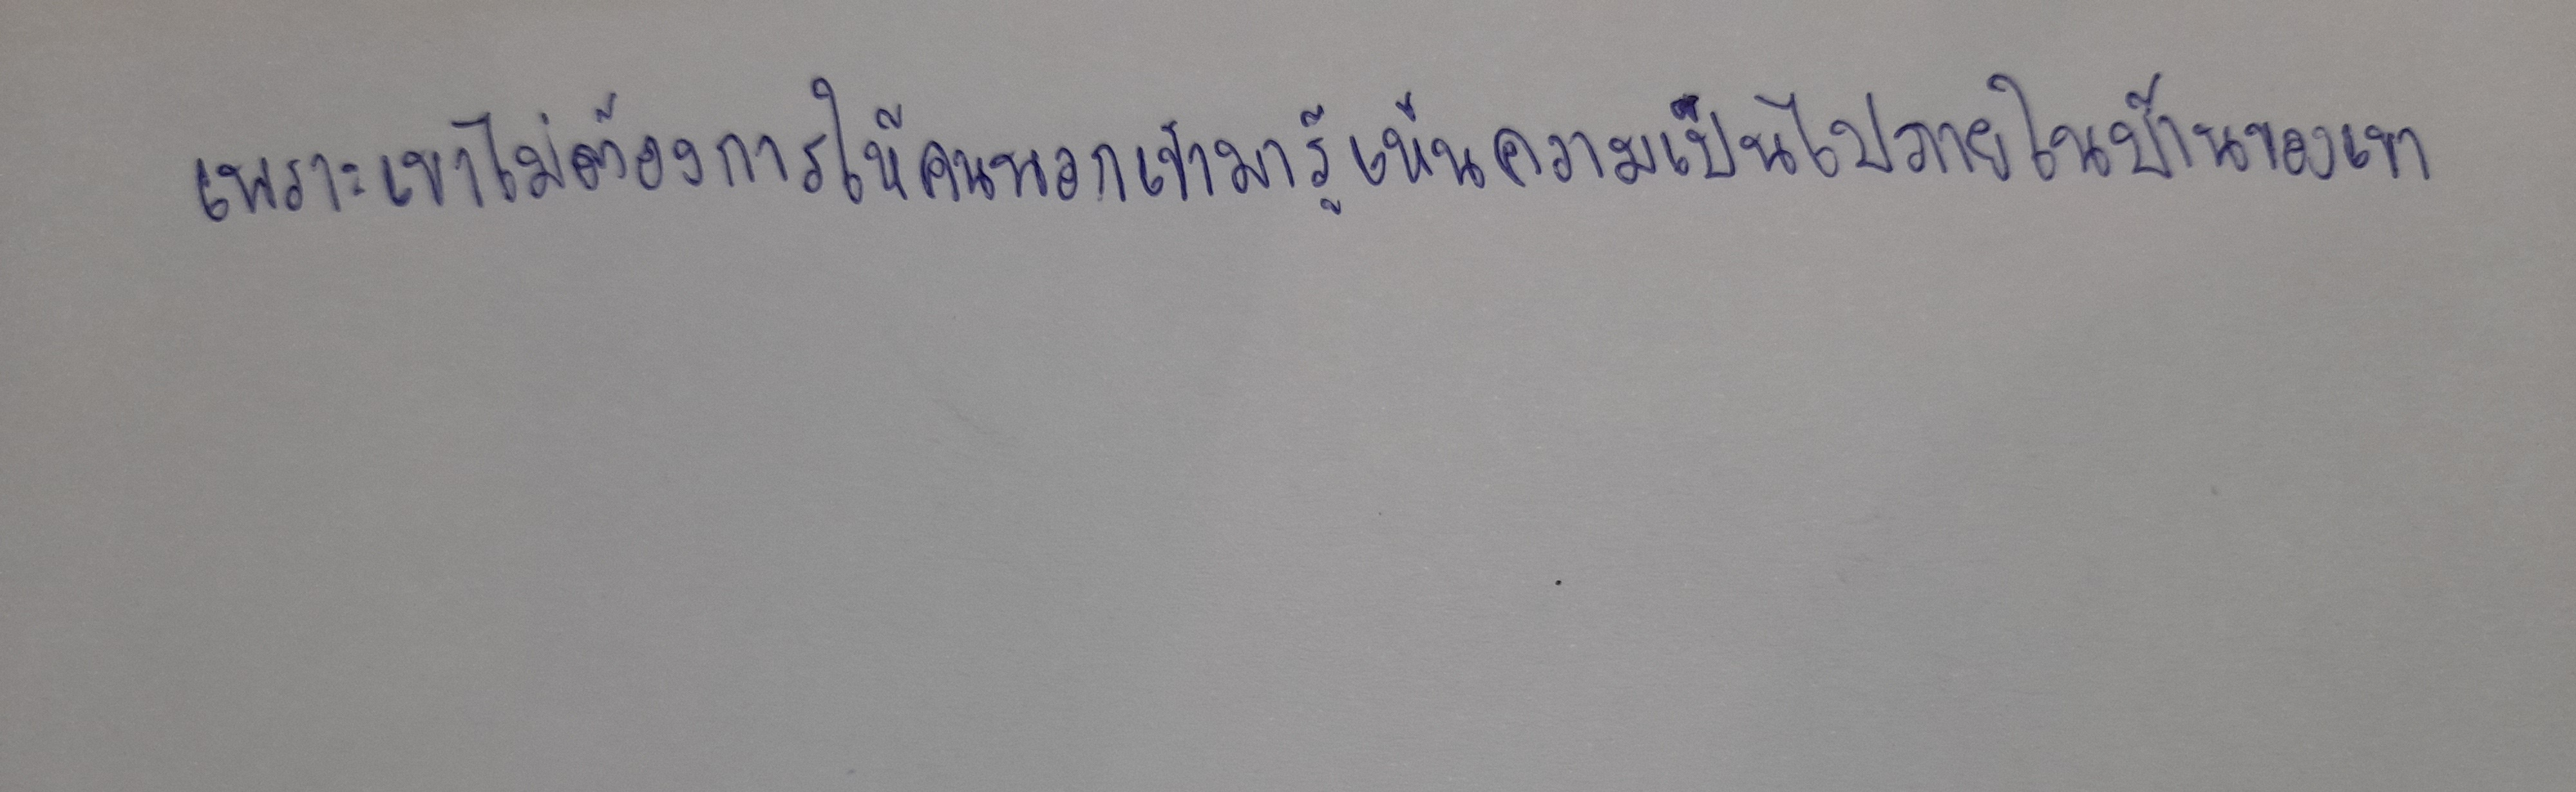
เพราะเขาไม่ต้องการให้คนนอกเข้ามารู้เห็นความเป็นไปภายในบ้านของเขา